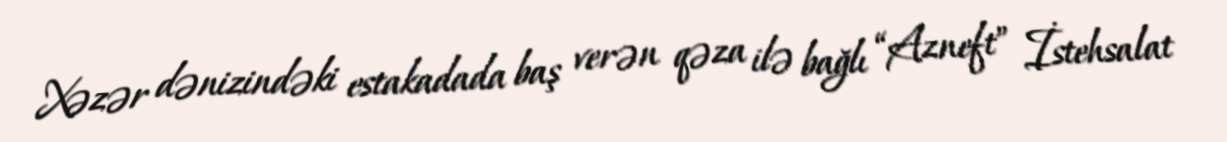
Xəzər dənizindəki estakadada baş verən qəza ilə bağlı “Azneft” İstehsalat